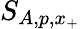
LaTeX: S_{A,p,x_{+}}